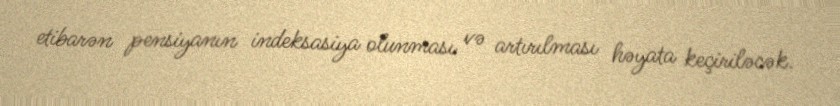
etibarən pensiyanın indeksasiya olunması və artırılması həyata keçiriləcək.